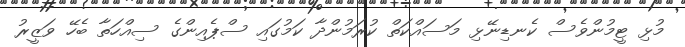
މުޅި ޓީމުންވެސް ކެނޑިނޭޅި މަސައްކަތް ކުރަމުންދާ ކަމުގައި ސްޕެއިންގެ ސިއްހަތާ ބެހޭ ވަޒީރު